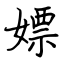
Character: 嫖